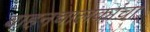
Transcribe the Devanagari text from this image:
वाहनचालकांचा